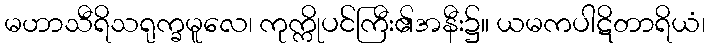
မဟာသီရိသရုက္ခမူလေ၊ ကုက္ကိုပင်ကြီး၏အနီး၌။ ယမကပါဋိတာရိယံ၊